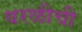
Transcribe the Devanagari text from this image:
वरळीची